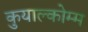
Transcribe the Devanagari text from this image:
कुयाल्कोम्म